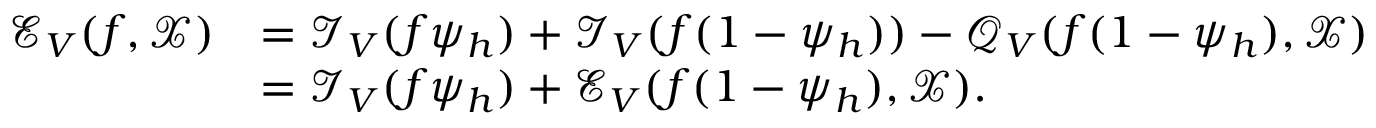
\begin{array} { r l } { \mathcal { E } _ { V } ( f , \mathcal { X } ) } & { = \mathcal { I } _ { V } ( f \psi _ { h } ) + \mathcal { I } _ { V } ( f ( 1 - \psi _ { h } ) ) - \mathcal { Q } _ { V } ( f ( 1 - \psi _ { h } ) , \mathcal { X } ) } \\ & { = \mathcal { I } _ { V } ( f \psi _ { h } ) + \mathcal { E } _ { V } ( f ( 1 - \psi _ { h } ) , \mathcal { X } ) . } \end{array}